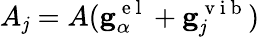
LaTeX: A_{\mathit{j}}=A(\mathbf{{g}}_{\alpha}^{\mathrm{{~e~l~}}}+\mathbf{{g}}_{\mathit{j}}^{\mathrm{{~v~i~b~}}})